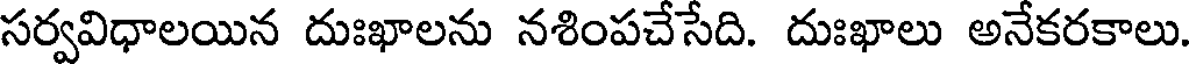
సర్వవిధాలయిన దుఃఖాలను నశింపచేసేది. దుఃఖాలు అనేకరకాలు